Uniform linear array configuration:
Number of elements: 8
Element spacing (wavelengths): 0.25
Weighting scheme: cosine
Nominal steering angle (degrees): -60
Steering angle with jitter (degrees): -60.335
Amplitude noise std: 0.05
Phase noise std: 0.05

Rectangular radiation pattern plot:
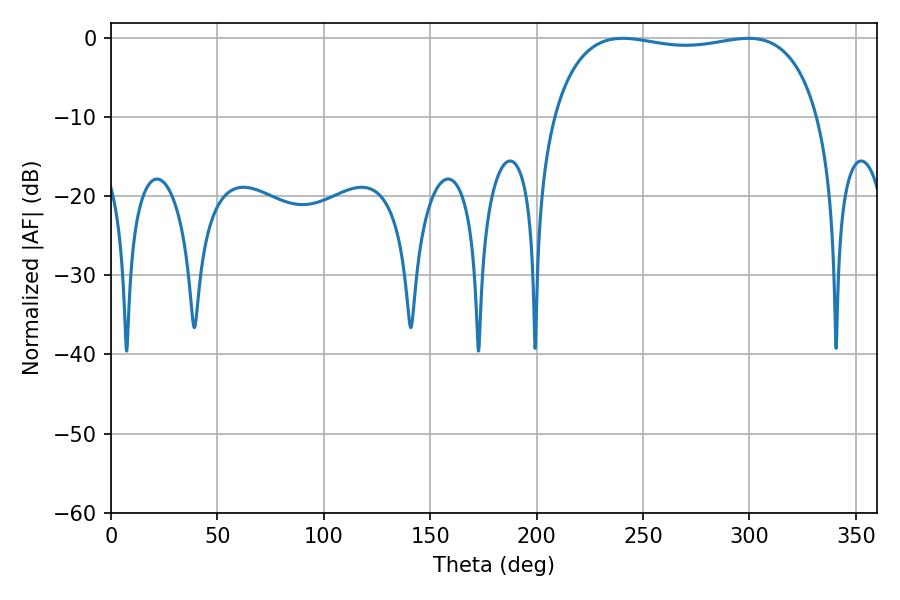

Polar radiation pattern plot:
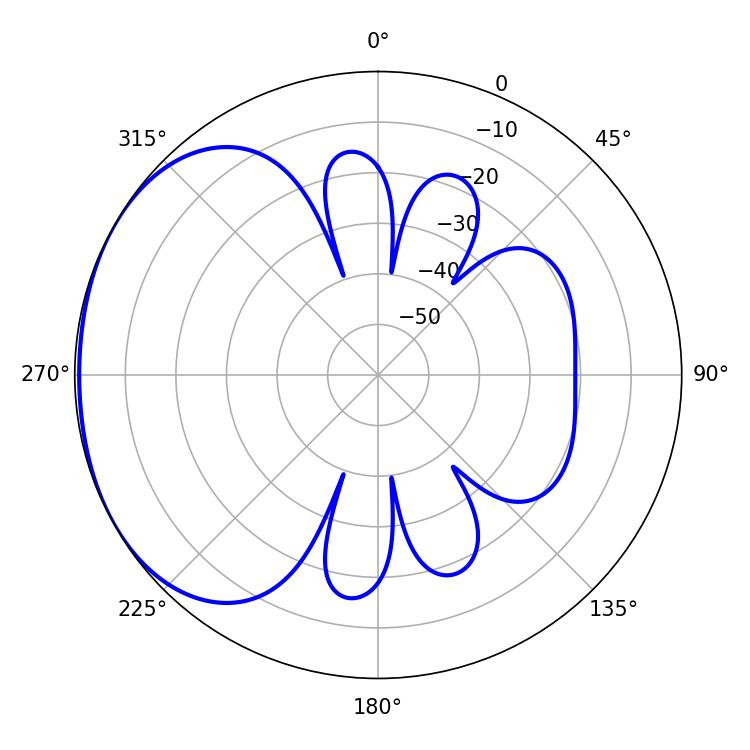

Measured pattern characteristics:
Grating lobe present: FALSE
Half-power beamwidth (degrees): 100.8
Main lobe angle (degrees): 240.48